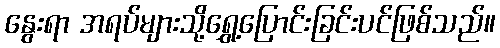
နွေးရာ အရပ်များသို့ရွှေ့ပြောင်းခြင်းပင်ဖြစ်သည်။